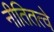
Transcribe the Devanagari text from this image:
नीतितत्वे